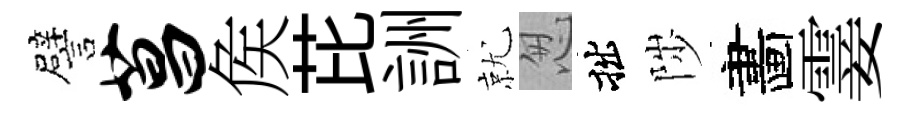
譬菖矦芘詶就怱拙陟畵霎